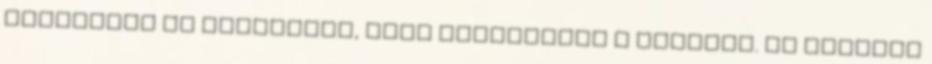
Megjönnek az ismerősök, hogy átvigyenek a határon. Az autóban